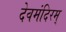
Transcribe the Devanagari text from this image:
देवमंदिरम्